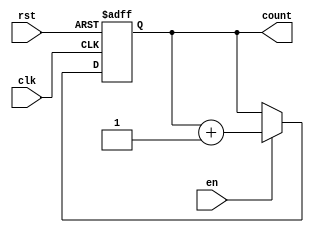
`timescale 1ns / 1ps
//////////////////////////////////////////////////////////////////////////////////
// Company: 
// Engineer: 
// 
// Design Name: 
// Module Name: counter_2bit
// Project Name: 
// Target Devices: 
// Tool Versions: 
// Description: 
// 
// Dependencies: 
// 
// Revision:
// Revision 0.01 - File Created
// Additional Comments:
// 
//////////////////////////////////////////////////////////////////////////////////


 module counter_2bit(
 input clk,
    input rst,
    input en,
    output reg [2:0] count
    );
    
    
    always@(posedge clk, posedge rst) begin
        if(rst==1) count<=0;
        else if (en==1) count<=count+1;
        else count<=count;

    end
endmodule